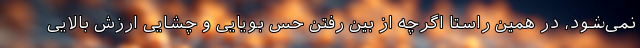
نمی‌شود، در همین راستا اگرچه از بین رفتن حس بویایی و چشایی ارزش بالایی